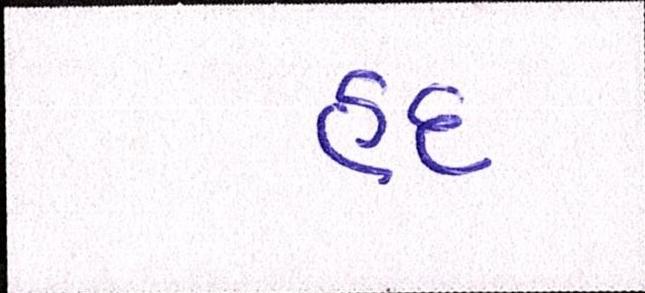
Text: હદ